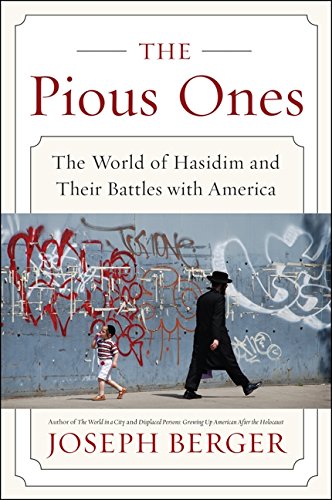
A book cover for The Pious Ones: The World of Hasidim and Their Battles with America; Joseph Berger; Religion & Spirituality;